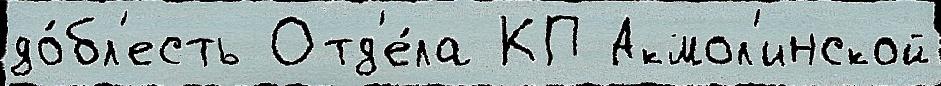
до́бл'есть Отд'е́ла КП Акмол'инской